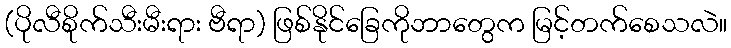
(ပိုလီစိုက်သီးမီးရား ဗီရာ) ဖြစ်နိုင်ခြေကိုဘာတွေက မြင့်တက်စေသလဲ။